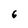
Character: 6